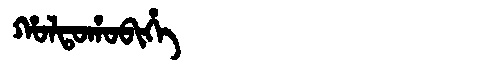
Manchu: ᡥᠣᠯᡨᠣᡥᠣᠪᡳᡥᡝ
Romanization: HOLTOHOBIHE